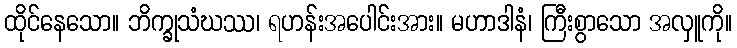
ထိုင်နေသော။ ဘိက္ခုသံဃဿ၊ ရဟန်းအပေါင်းအား။ မဟာဒါနံ၊ ကြီးစွာသော အလှူကို။